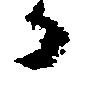
か